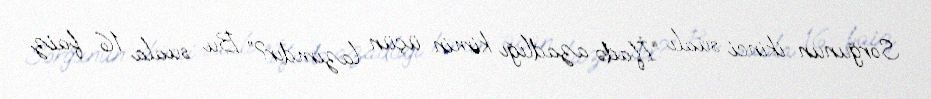
Sorğunun ikinci sualı: “İfadə azadlığı kimin üçün lazımdır?” Bu suala 16 faiz